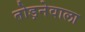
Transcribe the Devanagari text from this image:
तोड़नेवाला